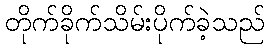
တိုက်ခိုက်သိမ်းပိုက်ခဲ့သည်